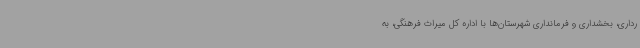
رداری، بخشداری و فرمانداری شهرستان‌ها با اداره کل میراث فرهنگی، به